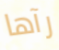
رآها